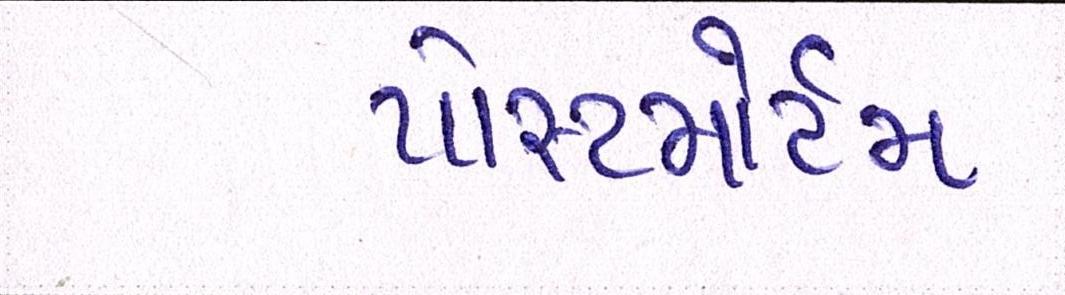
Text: પોસ્ટમોર્ટમ